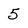
Character: 5